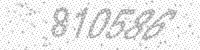
Solution: 810586